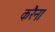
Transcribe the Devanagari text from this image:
करैना